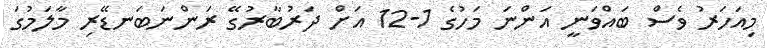
މިއަހަރު ވެސް ބައްވަނީ އަންނަ މަހުގެ 1-12 އަށް ދަރުބާރުގޭ ރަންނަބަނޑޭރި މާލަމުގަ